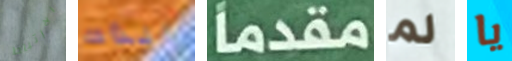
الارتباط الذات مقدما لم يا